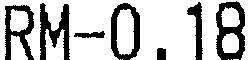
RM-0.18